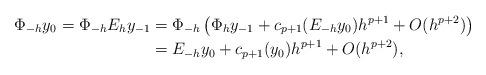
LaTeX: \begin{align*} \Phi_{-h}y_0= \Phi_{-h}E_h y_{-1}&= \Phi_{-h}\left( \Phi_h y_{-1}+c_{p+1}(E_{-h}y_0)h^{p+1}+O(h^{p+2})\right)\\&=E_{-h}y_{0}+c_{p+1}(y_0)h^{p+1}+O(h^{p+2}),\end{align*}